Report on vaccination in the Province of Bengal - 1869-1873
Year: 1869
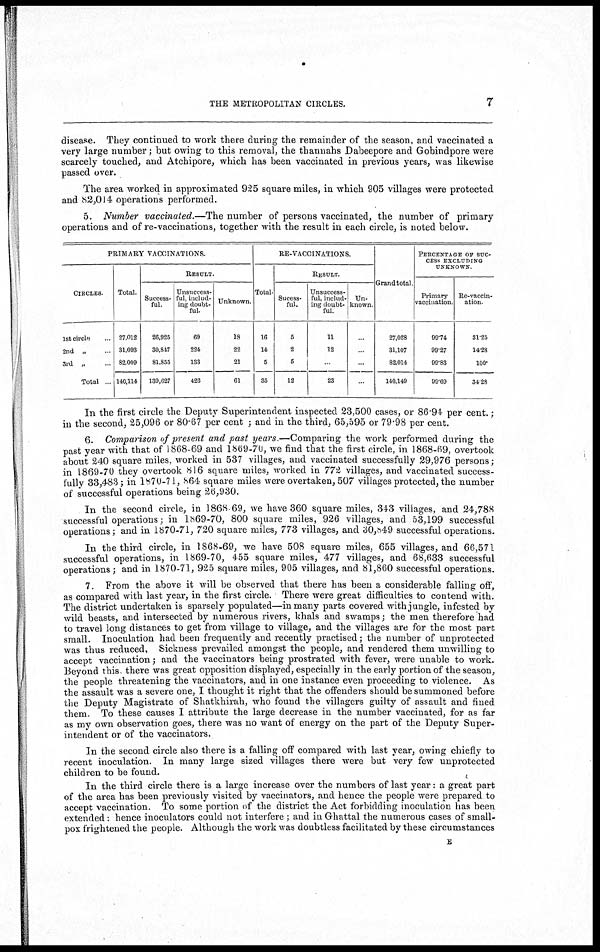
THE METROPOLITAN CIRCLES.
7
disease. They continued to work there during the remainder of the season, and vaccinated a
very large number; but owing to this removal, the thannahs Dabeepore and Gobindpore were
scarcely touched, and Atchipore, which has been vaccinated in previous years, was likewise
passed over.
The area worked in approximated 925 square miles, in which 905 villages were protected
and 82,014 operations performed.
5. Number vaccinated.—The number of persons vaccinated, the number of primary
operations and of re-vaccinations, together with the result in each circle, is noted below.
PRIMARY VACCINATIONS.
CIRCLES.
1st circle ...
2nd „ ...
3rd „ ...
Total ...
Total.
27,012
31,093
82,009
140,114
RESULT.
Success-
ful.
26,925
30,847
81,855
139,627
Unsuccess-
ful, includ-
ing doubt-
ful
69
224
133
426
Unknown.
18
22
21
61
RE-VACCINATIONS.
Total.
16
14
5
35
RESULT.
Sucess-
ful.
5
2
5
12
Unsuccess-
ful, includ-
ing doubt-
ful.
11
12
...
23
Un-
known.
...
...
...
...
Grand total.
27,028
31,107
82,014
140,149
PERCENTAGE OF SUC-
---- EXCLUDING
UNKNOWN.
Primary
vaccination.
99.74
99.27
99.83
99.69
Re-vaccin-
ation.
31.25
14.28
100.
34.28
In the first circle the Deputy Superintendent inspected 23,500 cases, or 86.94 per cent.;
in the second, 25,096 or 80.67 per cent ; and in the third, 65,595 or 79.98 per cent.
6. Comparison of present and past years—Comparing the work performed during the
past year with that of 1868-69 and 1869-70, we find that the first circle, in 1868-69, overtook
about 240 square miles, worked in 537 villages, and vaccinated successfully 29,976 persons;
in 1869-70 they overtook 816 square miles, worked in 772 villages, and vaccinated success-
fully 33,483; in 1870-71, 864 square miles were overtaken, 507 villages protected, the number
of successful operations being 26,930.
In the second circle, in 1868 69, we have 360 square miles, 343 villages, and 24,788
successful operations; in 1869-70, 800 square miles, 926 villages, and 53,199 successful
operations; and in 1870-71, 720 square miles, 773 villages, and 30,849 successful operations.
In the third circle, in 1868-69, we have 508 square miles, 655 villages, and 66,571
successful operations, in 1869-70, 455 square miles, 477 villages, and 68,633 successful
operations; and in 1870-71, 925 square miles, 905 villages, and 81,860 successful operations.
7. From the above it will be observed that there has been a considerable falling off,
as compared with last year, in the first circle. There were great difficulties to contend with.
The district undertaken is sparsely populated—in many parts covered with jungle, infested by
wild beasts, and intersected by numerous rivers, khals and swamps; the men therefore had
to travel long distances to get from village to village, and the villages are for the most part
small. Inoculation had been frequently and recently practised; the number of unprotected
was thus reduced. Sickness prevailed amongst the people, and rendered them unwilling to
accept vaccination; and the vaccinators being prostrated with fever, were unable to work.
Beyond this there was great opposition displayed, especially in the early portion of the season,
the people threatening the vaccinators, and in one instance even proceeding to violence. As
the assault was a severe one, I thought it right that the offenders should be summoned before
the Deputy Magistrate of Shatkhirah, who found the villagers guilty of assault and fined
them. To these causes I attribute the large decrease in the number vaccinated, for as far
as my own observation goes, there was no want of energy on the part of the Deputy Super-
intendent or of the vaccinators.
In the second circle also there is a falling off compared with last year, owing chiefly to
recent inoculation. In many large sized villages there were but very few unprotected
children to be found.
In the third circle there is a large increase over the numbers of last year: a great part
of the area has been previously visited by vaccinators, and hence the people were prepared to
accept vaccination. To some portion of the district the Act forbidding inoculation has been
extended: hence inoculators could not interfere; and in Ghattal the numerous cases of small-
pox frightened the people. Although the work was doubtless facilitated by these circumstances
E